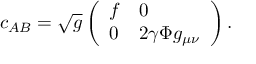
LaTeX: c _ { A B } = \sqrt { g } \left( \begin{array} { l l } { { f } } & { { 0 } } \\ { { 0 } } & { { 2 \gamma \Phi g _ { \mu \nu } } } \end{array} \right) .